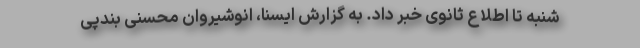
شنبه تا اطلاع ثانوی خبر داد. به گزارش ایسنا، انوشیروان محسنی بندپی